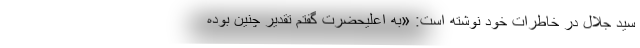
سید جلال در خاطرات خود نوشته است: «به اعلیحضرت گفتم تقدیر چنین بوده